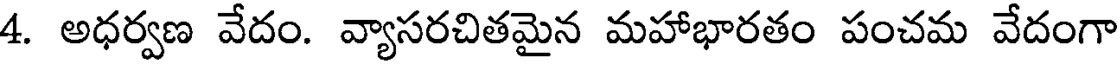
4. అధర్వణ వేదం. వ్యాసరచితమైన మహాభారతం పంచమ వేదంగా